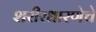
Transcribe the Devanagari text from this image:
शरीरधारणेचे